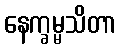
နေက္ခမ္မသိတာ